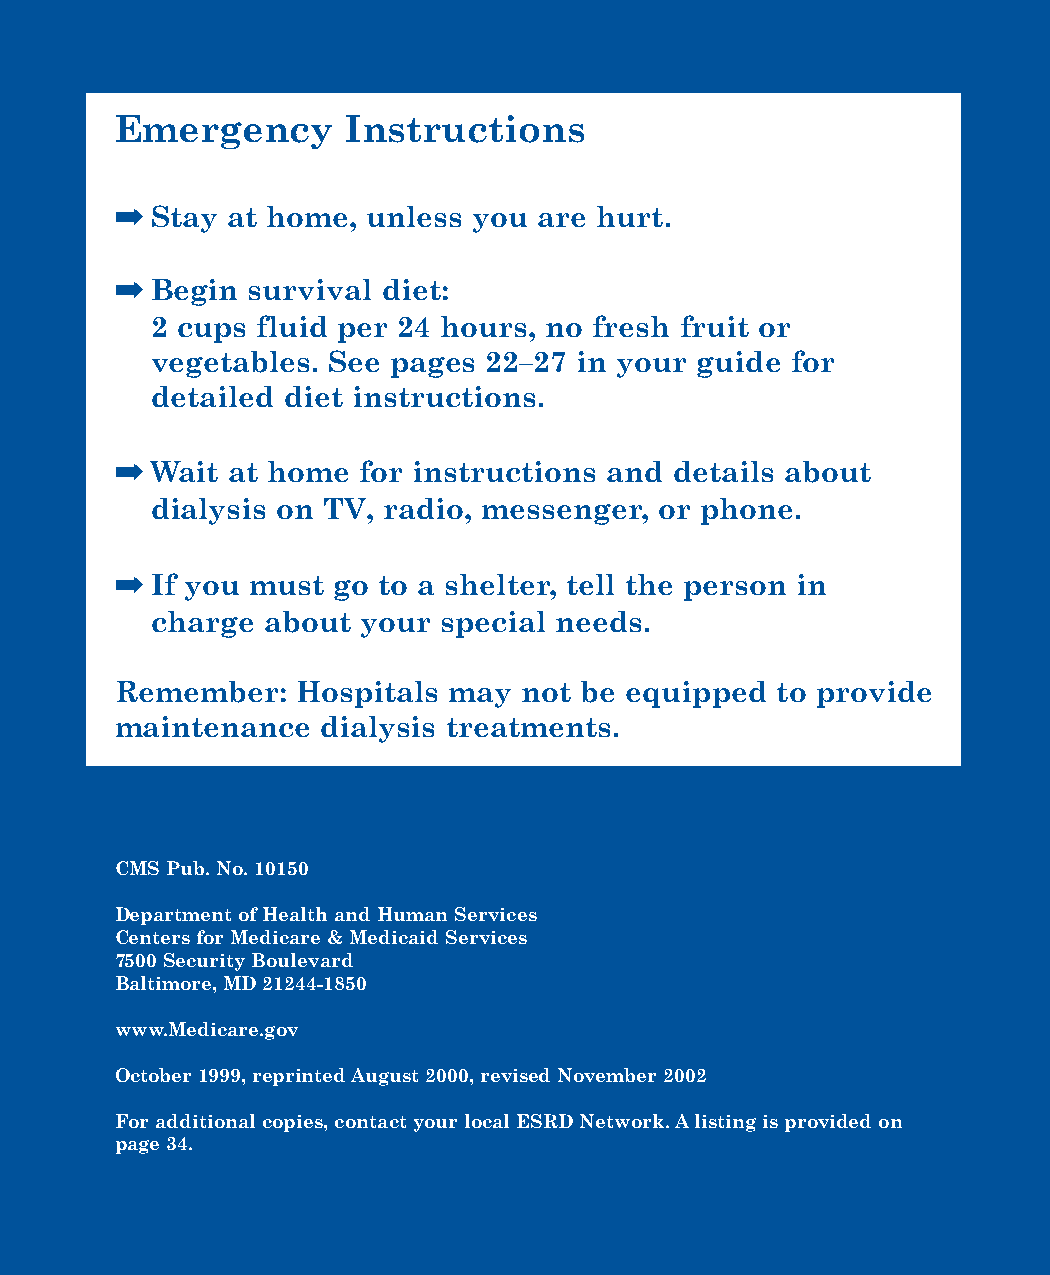
Emergency      Instructions
 ➡
 Stay at home, unless you  are hurt.
 ➡
 Begin survival diet:
 2 cups fluid per 24 hours, no fresh fruit or
 vegetables. See pages 22–27 in your guide for
 detailed diet instructions.
 ➡
 Wait at home  for instructions and details about
 dialysis on TV, radio, messenger, or phone.
 ➡
 If you must go to a shelter, tell the person in
 charge about  your special needs.
 Remember:   Hospitals may  not be equipped to provide
 maintenance  dialysis treatments.
 CMS Pub. No. 10150
 Department of Health and Human Services
 Centers for Medicare & Medicaid Services
 7500 Security Boulevard
 Baltimore, MD 21244-1850
 www.Medicare.gov
 October 1999, reprinted August 2000, revised November 2002
 For additional copies, contact your local ESRD Network. Alisting is provided on
 page 34.